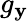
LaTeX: g_{\mathbf{y}}